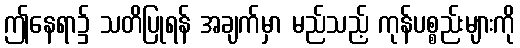
ဤနေရာ၌ သတိပြုရန် အချက်မှာ မည်သည့် ကုန်ပစ္စည်းများကို